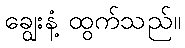
ချွေးနံ့ ထွက်သည်။